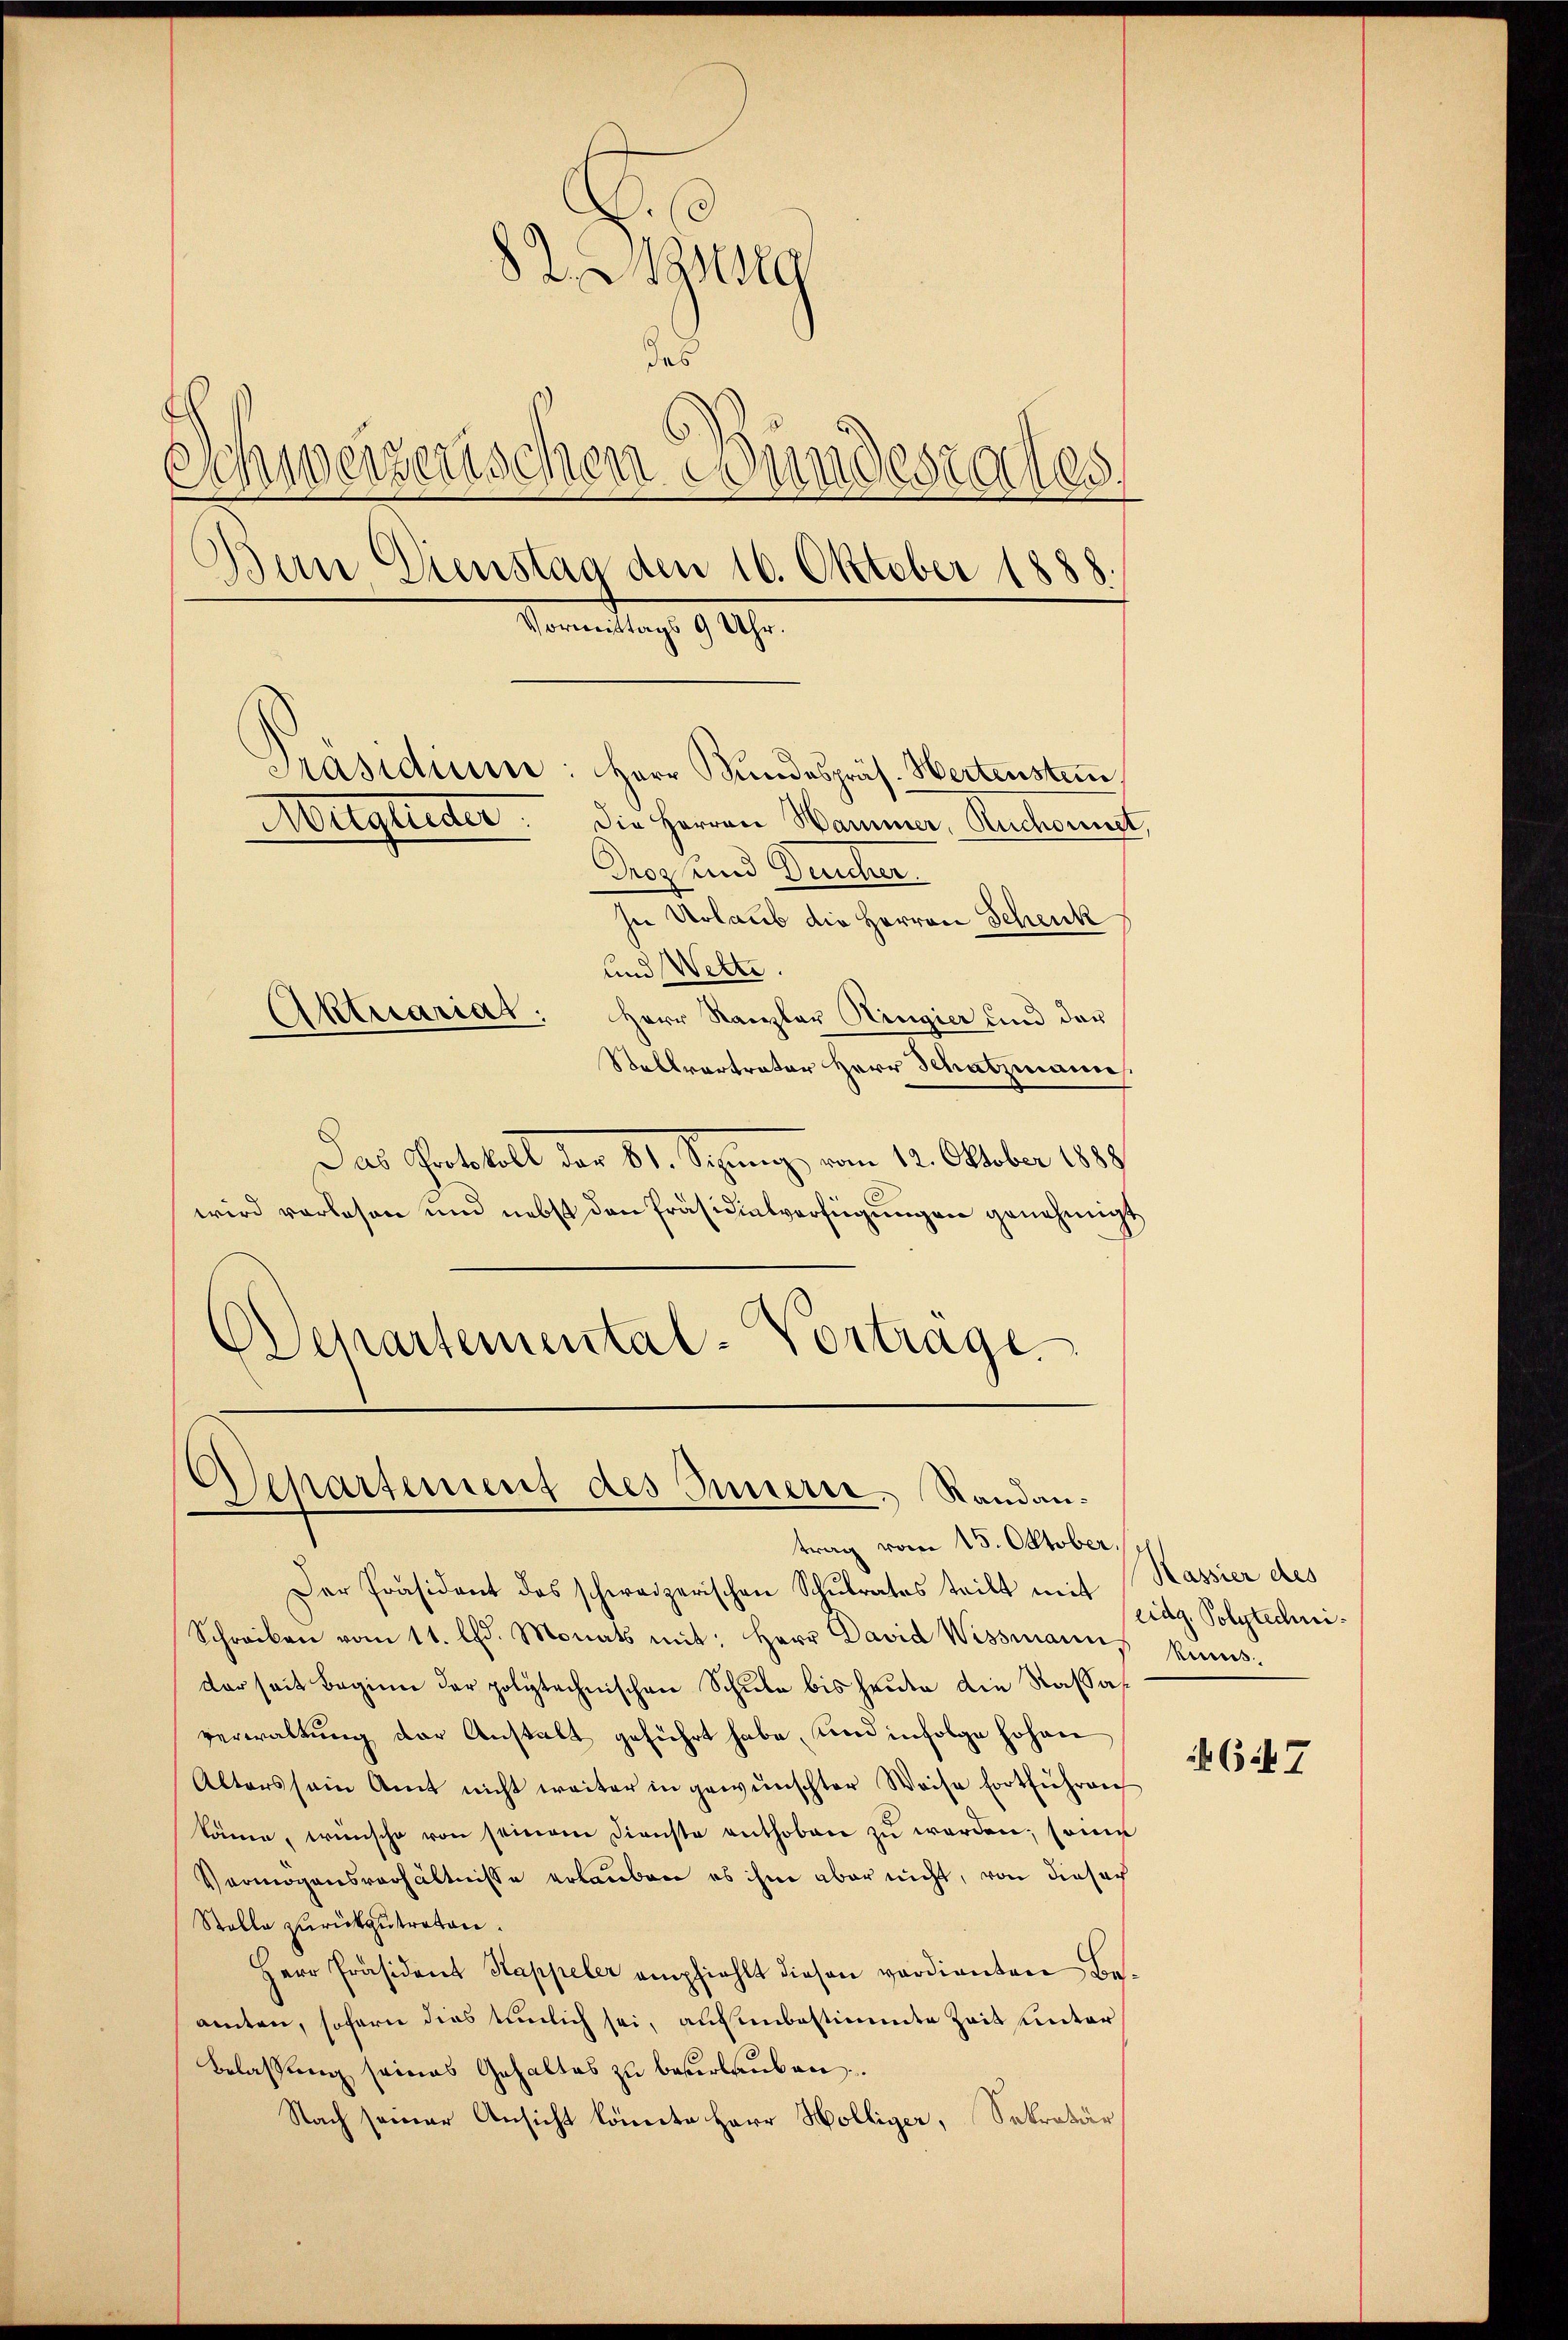
82. Aarg
das
Schweizerischen Wundesrates,
Dein Dienstag den 16. Oktober 1888.
Vormittags 9 Uhr.
Präsidium: Herr Hŭndespräs. Hertenstein,
Mitglieder. Die Herren Hammer, Ruchornst,
Droz. und Deucher.
hu Urlaub die Herren Schenk
und Wette.
Aktuariat. Herr Kanzler Kingier und der
Stellvertrator Herr Schatzmann

Das Protokoll der 81. Sepung, vom 12. Oktober 1888
wird vorlesen und nebst den Präsidialverfügungen genehmigt
DDepartemental-Vortrage

Separtement des Innern. Randantrag vom 15. Oktober.

Der Präsident des schweizerischen Schulrates teilt mit Kassier des
Schreiben vom 11. lfd. Monats mit: Herr David Wissmann
der seit beginn der polytechnischen Schule bis heute die Kassaverwaltung der Anstalt geführt habe, und infolge hohen
Alters sein Amt nicht weiter in gewünschter Weise fortführen
könne, wünsche von seinem Dienste enthoben zŭ werden; seine
Vermögensverhältnisse erlauben es ihm aber nicht, von dieser
Stelle zurückzutreten.
Herr Präsident Kappeler empfiehlt diesen verdienten Beamten, sofern dies tümlich sei, auf unbestimmte Zeit unter
Belassung seines Gehaltes zu beserlauben.
Nach seiner Ansicht könnte Herr Holliger, Sekretär

eidg. Polytechnikens.

Ci7